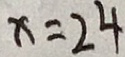
x = 2 4